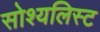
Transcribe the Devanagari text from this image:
सोश्यलिस्ट